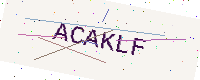
Text: ACAKLF